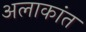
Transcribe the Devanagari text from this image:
अलाकांत